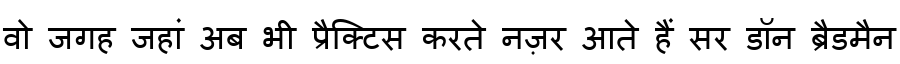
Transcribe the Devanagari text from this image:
वो जगह जहां अब भी प्रैक्टिस करते नज़र आते हैं सर डॉन ब्रैडमैन